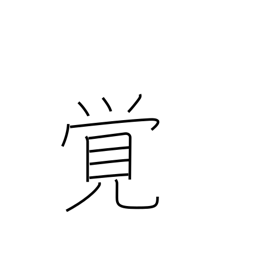
Meaning: remember